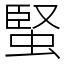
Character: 蜸